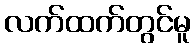
လက်ထက်တွင်မူ